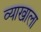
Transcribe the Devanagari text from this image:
व्‍याखाला